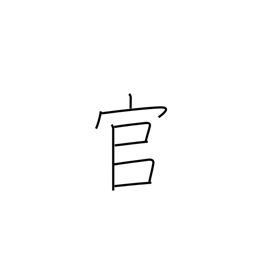
Meaning: the government